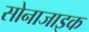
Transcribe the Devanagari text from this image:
सोनाजाइक